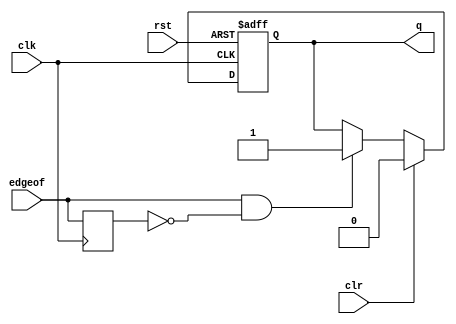
/*  This file is part of JTFRAME.
    JTFRAME program is free software: you can redistribute it and/or modify
    it under the terms of the GNU General Public License as published by
    the Free Software Foundation, either version 3 of the License, or
    (at your option) any later version.

    JTFRAME program is distributed in the hope that it will be useful,
    but WITHOUT ANY WARRANTY; without even the implied warranty of
    MERCHANTABILITY or FITNESS FOR A PARTICULAR PURPOSE.  See the
    GNU General Public License for more details.

    You should have received a copy of the GNU General Public License
    along with JTFRAME.  If not, see <http://www.gnu.org/licenses/>.

    Author: Jose Tejada Gomez. Twitter: @topapate
    Version: 1.0
    Date: 17-12-2022 */

module jtframe_edge #(parameter
    QSET=1    // q value when set
)(
    input       clk,
    input       rst,
    input       edgeof,
    input       clr,
    output reg  q
);

reg edge_l=0;

always @(posedge clk) begin
    edge_l <= edgeof;
end

always @(posedge clk,posedge rst) begin
    if( rst ) begin
        q <= ~QSET[0];
    end else begin
        if( clr )
            q <= ~QSET[0];
        else if( edgeof & ~edge_l ) q <= QSET[0];
    end
end

endmodule